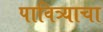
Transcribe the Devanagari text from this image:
पावित्र्याचा